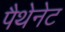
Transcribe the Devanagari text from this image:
पैथेनेट